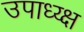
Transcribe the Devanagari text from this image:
उपाध्य्क्ष